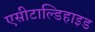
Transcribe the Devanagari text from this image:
एसीटाल्डिहाइड